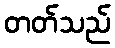
တတ်သည်